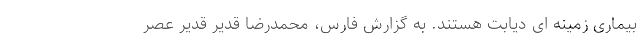
بیماری زمینه ای دیابت هستند. به گزارش فارس، محمدرضا قدیر قدیر عصر